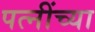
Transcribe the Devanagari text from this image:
पत्नींच्या